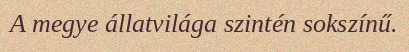
A megye állatvilága szintén sokszínű.